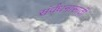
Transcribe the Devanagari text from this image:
संर्वधनासाठी